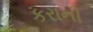
કરાની